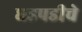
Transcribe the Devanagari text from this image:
धडपडीचे